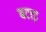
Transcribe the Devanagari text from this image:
बटाड़